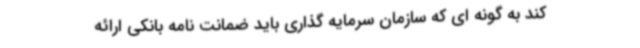
کند به گونه ای که سازمان سرمایه گذاری باید ضمانت نامه بانکی ارائه